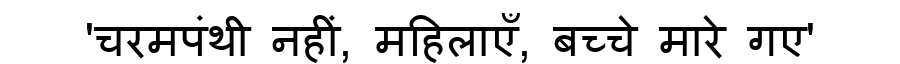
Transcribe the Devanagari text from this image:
'चरमपंथी नहीं, महिलाएँ, बच्चे मारे गए'